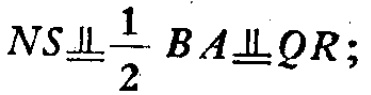
$NS\underline{\underline{\parallel}}\frac{1}{2}BA\underline{\underline{\parallel}}QR;$